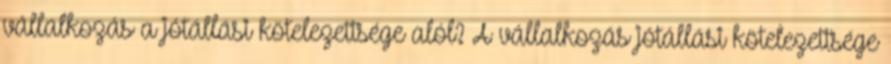
vállalkozás a jótállási kötelezettsége alól? A vállalkozás jótállási kötelezettsége